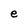
Character: e